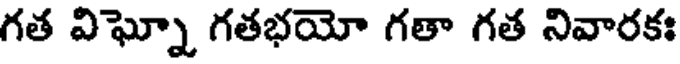
గత విఘ్నో గతభయో గతా గత నివారకః